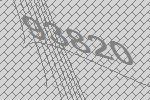
93820